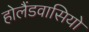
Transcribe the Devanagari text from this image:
होलैंडवासियो